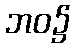
ဘဝ၌